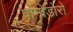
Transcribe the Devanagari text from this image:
पोमोडोरो